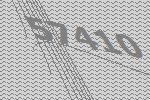
57410